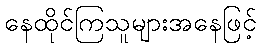
နေထိုင်ကြသူများအနေဖြင့်